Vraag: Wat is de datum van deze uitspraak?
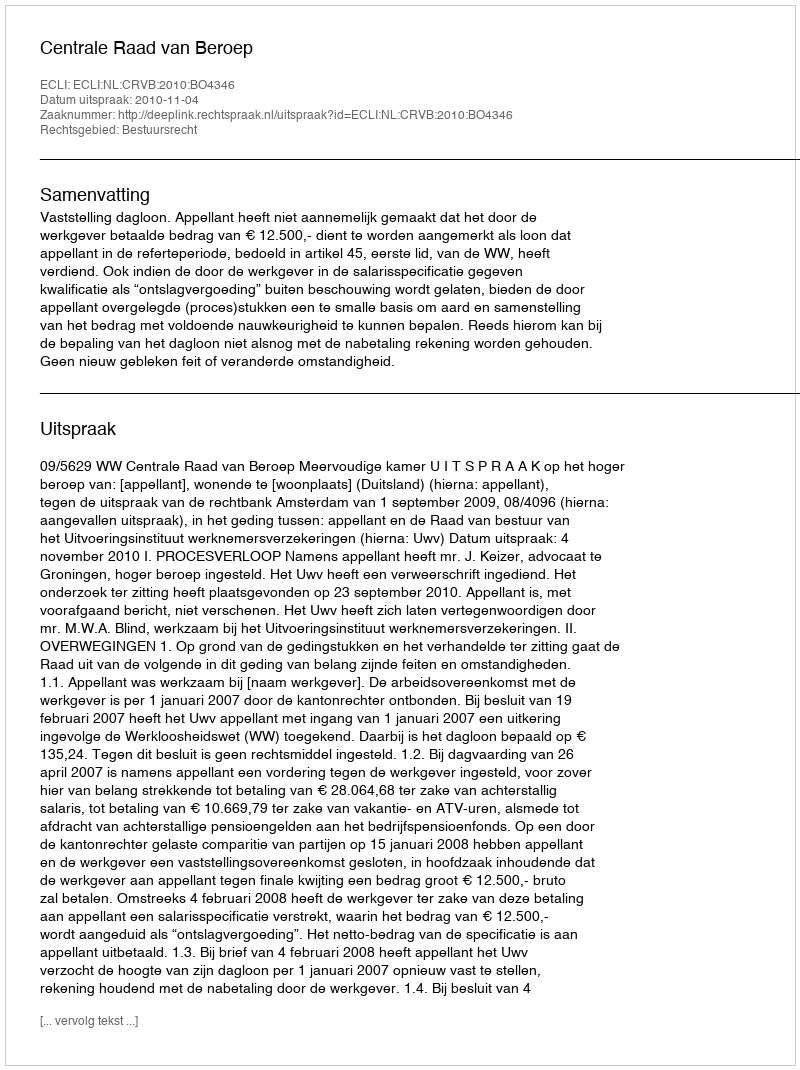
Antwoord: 2010-11-04